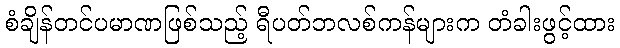
စံချိန်တင်ပမာဏဖြစ်သည့် ရီပတ်ဘလစ်ကန်များက တံခါးဖွင့်ထား